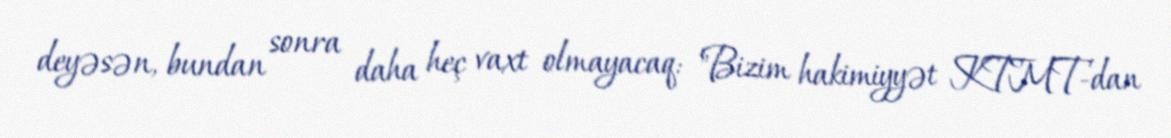
deyəsən, bundan sonra daha heç vaxt olmayacaq: "Bizim hakimiyyət KTMT-dan